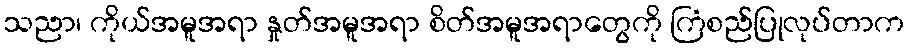
သညာ၊ ကိုယ်အမူအရာ နှုတ်အမူအရာ စိတ်အမူအရာတွေကို ကြံစည်ပြုလုပ်တာက